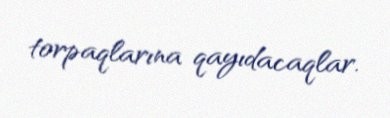
torpaqlarına qayıdacaqlar.